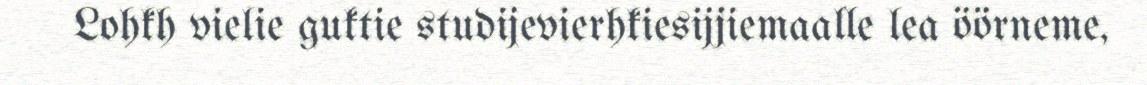
Lohkh vielie guktie studijevierhkiesijjiemaalle lea öörneme,